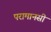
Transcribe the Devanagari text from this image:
परामानसी